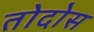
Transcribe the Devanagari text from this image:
तोदोस